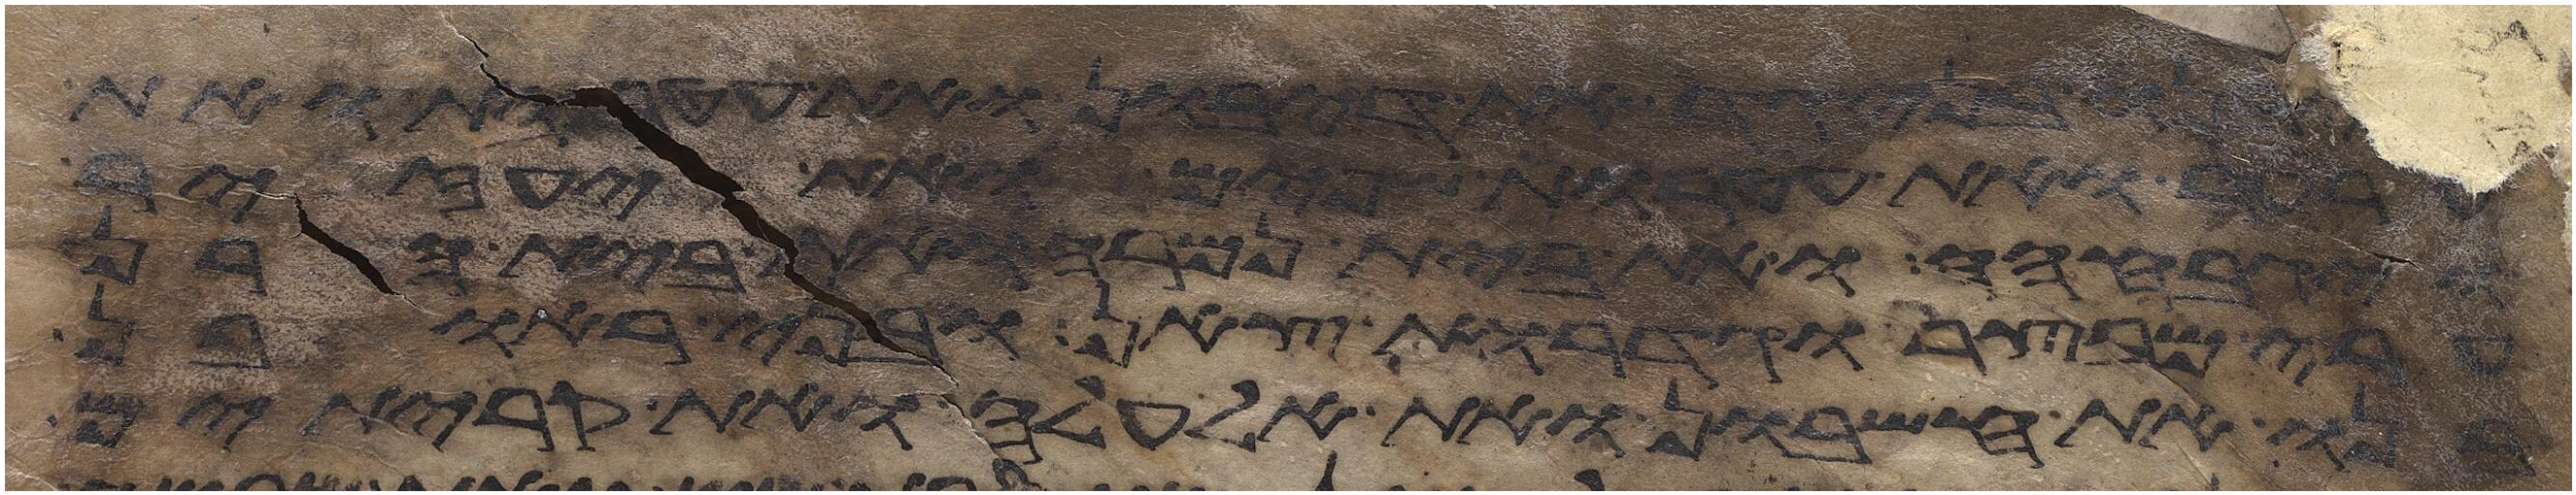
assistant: והביא האיש את אשתו אל
לו את נדב ואת אביהוא את אלעזר
ויגבהה ואת בית נמרה ואת בית הרן
ערי מבצר וגדרות צאן ובני ראובן
בנו את חשבון ואת אלעלה ואת קריתים